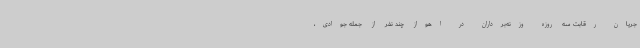
جریان رقابت‌ سه روزه وزنه‌برداران در اهواز چند نفر از جمله جوادی،